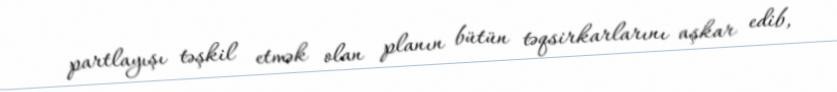
partlayışı təşkil etmək olan planın bütün təqsirkarlarını aşkar edib,